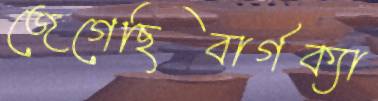
জেগেছিবার্গক্যা